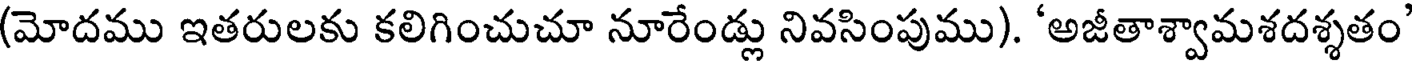
(మోదము ఇతరులకు కలిగించుచూ నూరేండ్లు నివసింపుము). 'అజీతాశ్వామశదశ్శతం